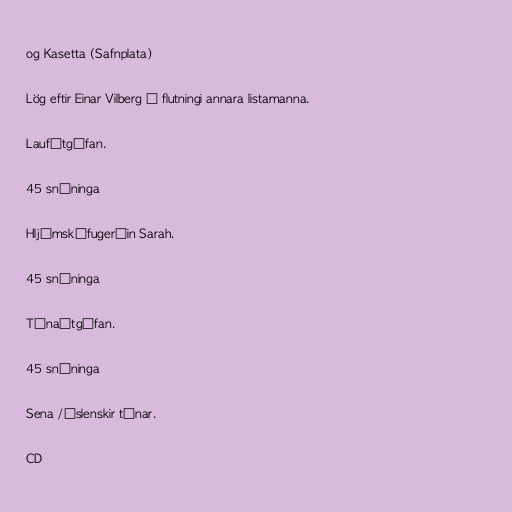
og Kasetta (Safnplata)

Lög eftir Einar Vilberg í flutningi annara listamanna.

Laufútgáfan.

45 snúninga

Hljómskífugerðin Sarah.

45 snúninga

Tónaútgáfan.

45 snúninga

Sena /Íslenskir tónar.

CD